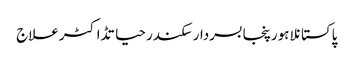
پاکستانلاہورپنجابسردار سکندر حیاتڈاکٹرعلاج